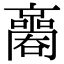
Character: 𡃬